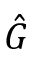
\hat { G }